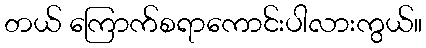
တယ် ကြောက်စရာကောင်းပါလားကွယ်။